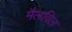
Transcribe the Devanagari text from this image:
मैलविल